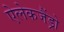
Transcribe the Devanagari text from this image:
ऐलेकजैंड्रो